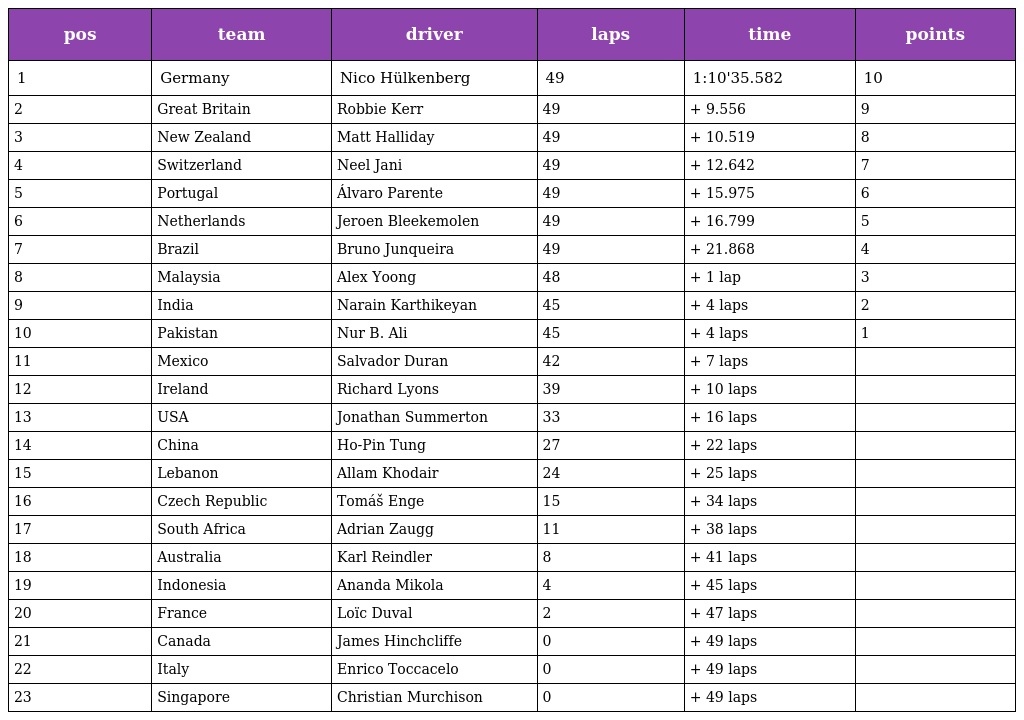
| pos | team | driver | laps | time | points |
 | --- | --- | --- | --- | --- | --- |
 | 1 | Germany | Nico Hülkenberg | 49 | 1:10'35.582 | 10 |
 | 2 | Great Britain | Robbie Kerr | 49 | + 9.556 | 9 |
 | 3 | New Zealand | Matt Halliday | 49 | + 10.519 | 8 |
 | 4 | Switzerland | Neel Jani | 49 | + 12.642 | 7 |
 | 5 | Portugal | Álvaro Parente | 49 | + 15.975 | 6 |
 | 6 | Netherlands | Jeroen Bleekemolen | 49 | + 16.799 | 5 |
 | 7 | Brazil | Bruno Junqueira | 49 | + 21.868 | 4 |
 | 8 | Malaysia | Alex Yoong | 48 | + 1 lap | 3 |
 | 9 | India | Narain Karthikeyan | 45 | + 4 laps | 2 |
 | 10 | Pakistan | Nur B. Ali | 45 | + 4 laps | 1 |
 | 11 | Mexico | Salvador Duran | 42 | + 7 laps |  |
 | 12 | Ireland | Richard Lyons | 39 | + 10 laps |  |
 | 13 | USA | Jonathan Summerton | 33 | + 16 laps |  |
 | 14 | China | Ho-Pin Tung | 27 | + 22 laps |  |
 | 15 | Lebanon | Allam Khodair | 24 | + 25 laps |  |
 | 16 | Czech Republic | Tomáš Enge | 15 | + 34 laps |  |
 | 17 | South Africa | Adrian Zaugg | 11 | + 38 laps |  |
 | 18 | Australia | Karl Reindler | 8 | + 41 laps |  |
 | 19 | Indonesia | Ananda Mikola | 4 | + 45 laps |  |
 | 20 | France | Loïc Duval | 2 | + 47 laps |  |
 | 21 | Canada | James Hinchcliffe | 0 | + 49 laps |  |
 | 22 | Italy | Enrico Toccacelo | 0 | + 49 laps |  |
 | 23 | Singapore | Christian Murchison | 0 | + 49 laps |  |